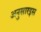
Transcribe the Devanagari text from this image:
अनुसारइस